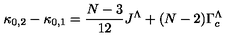
\kappa _ { 0 , 2 } - \kappa _ { 0 , 1 } = \frac { N - 3 } { 1 2 } J ^ { \Lambda } + ( N - 2 ) \Gamma _ { c } ^ { \Lambda }